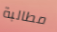
مطالبة